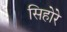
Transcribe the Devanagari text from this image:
सिहोरे